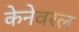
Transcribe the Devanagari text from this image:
केनेवरल